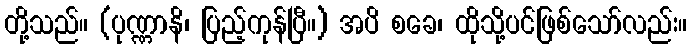
တို့သည်။ (ပုဏ္ဏာနိ၊ ပြည့်ကုန်ပြီ။) အပိ စခေ၊ ထိုသို့ပင်ဖြစ်သော်လည်း။